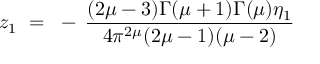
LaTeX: z _ { 1 } ~ = ~ - \, \frac { ( 2 \mu - 3 ) \Gamma ( \mu + 1 ) \Gamma ( \mu ) \eta _ { 1 } } { 4 \pi ^ { 2 \mu } ( 2 \mu - 1 ) ( \mu - 2 ) }